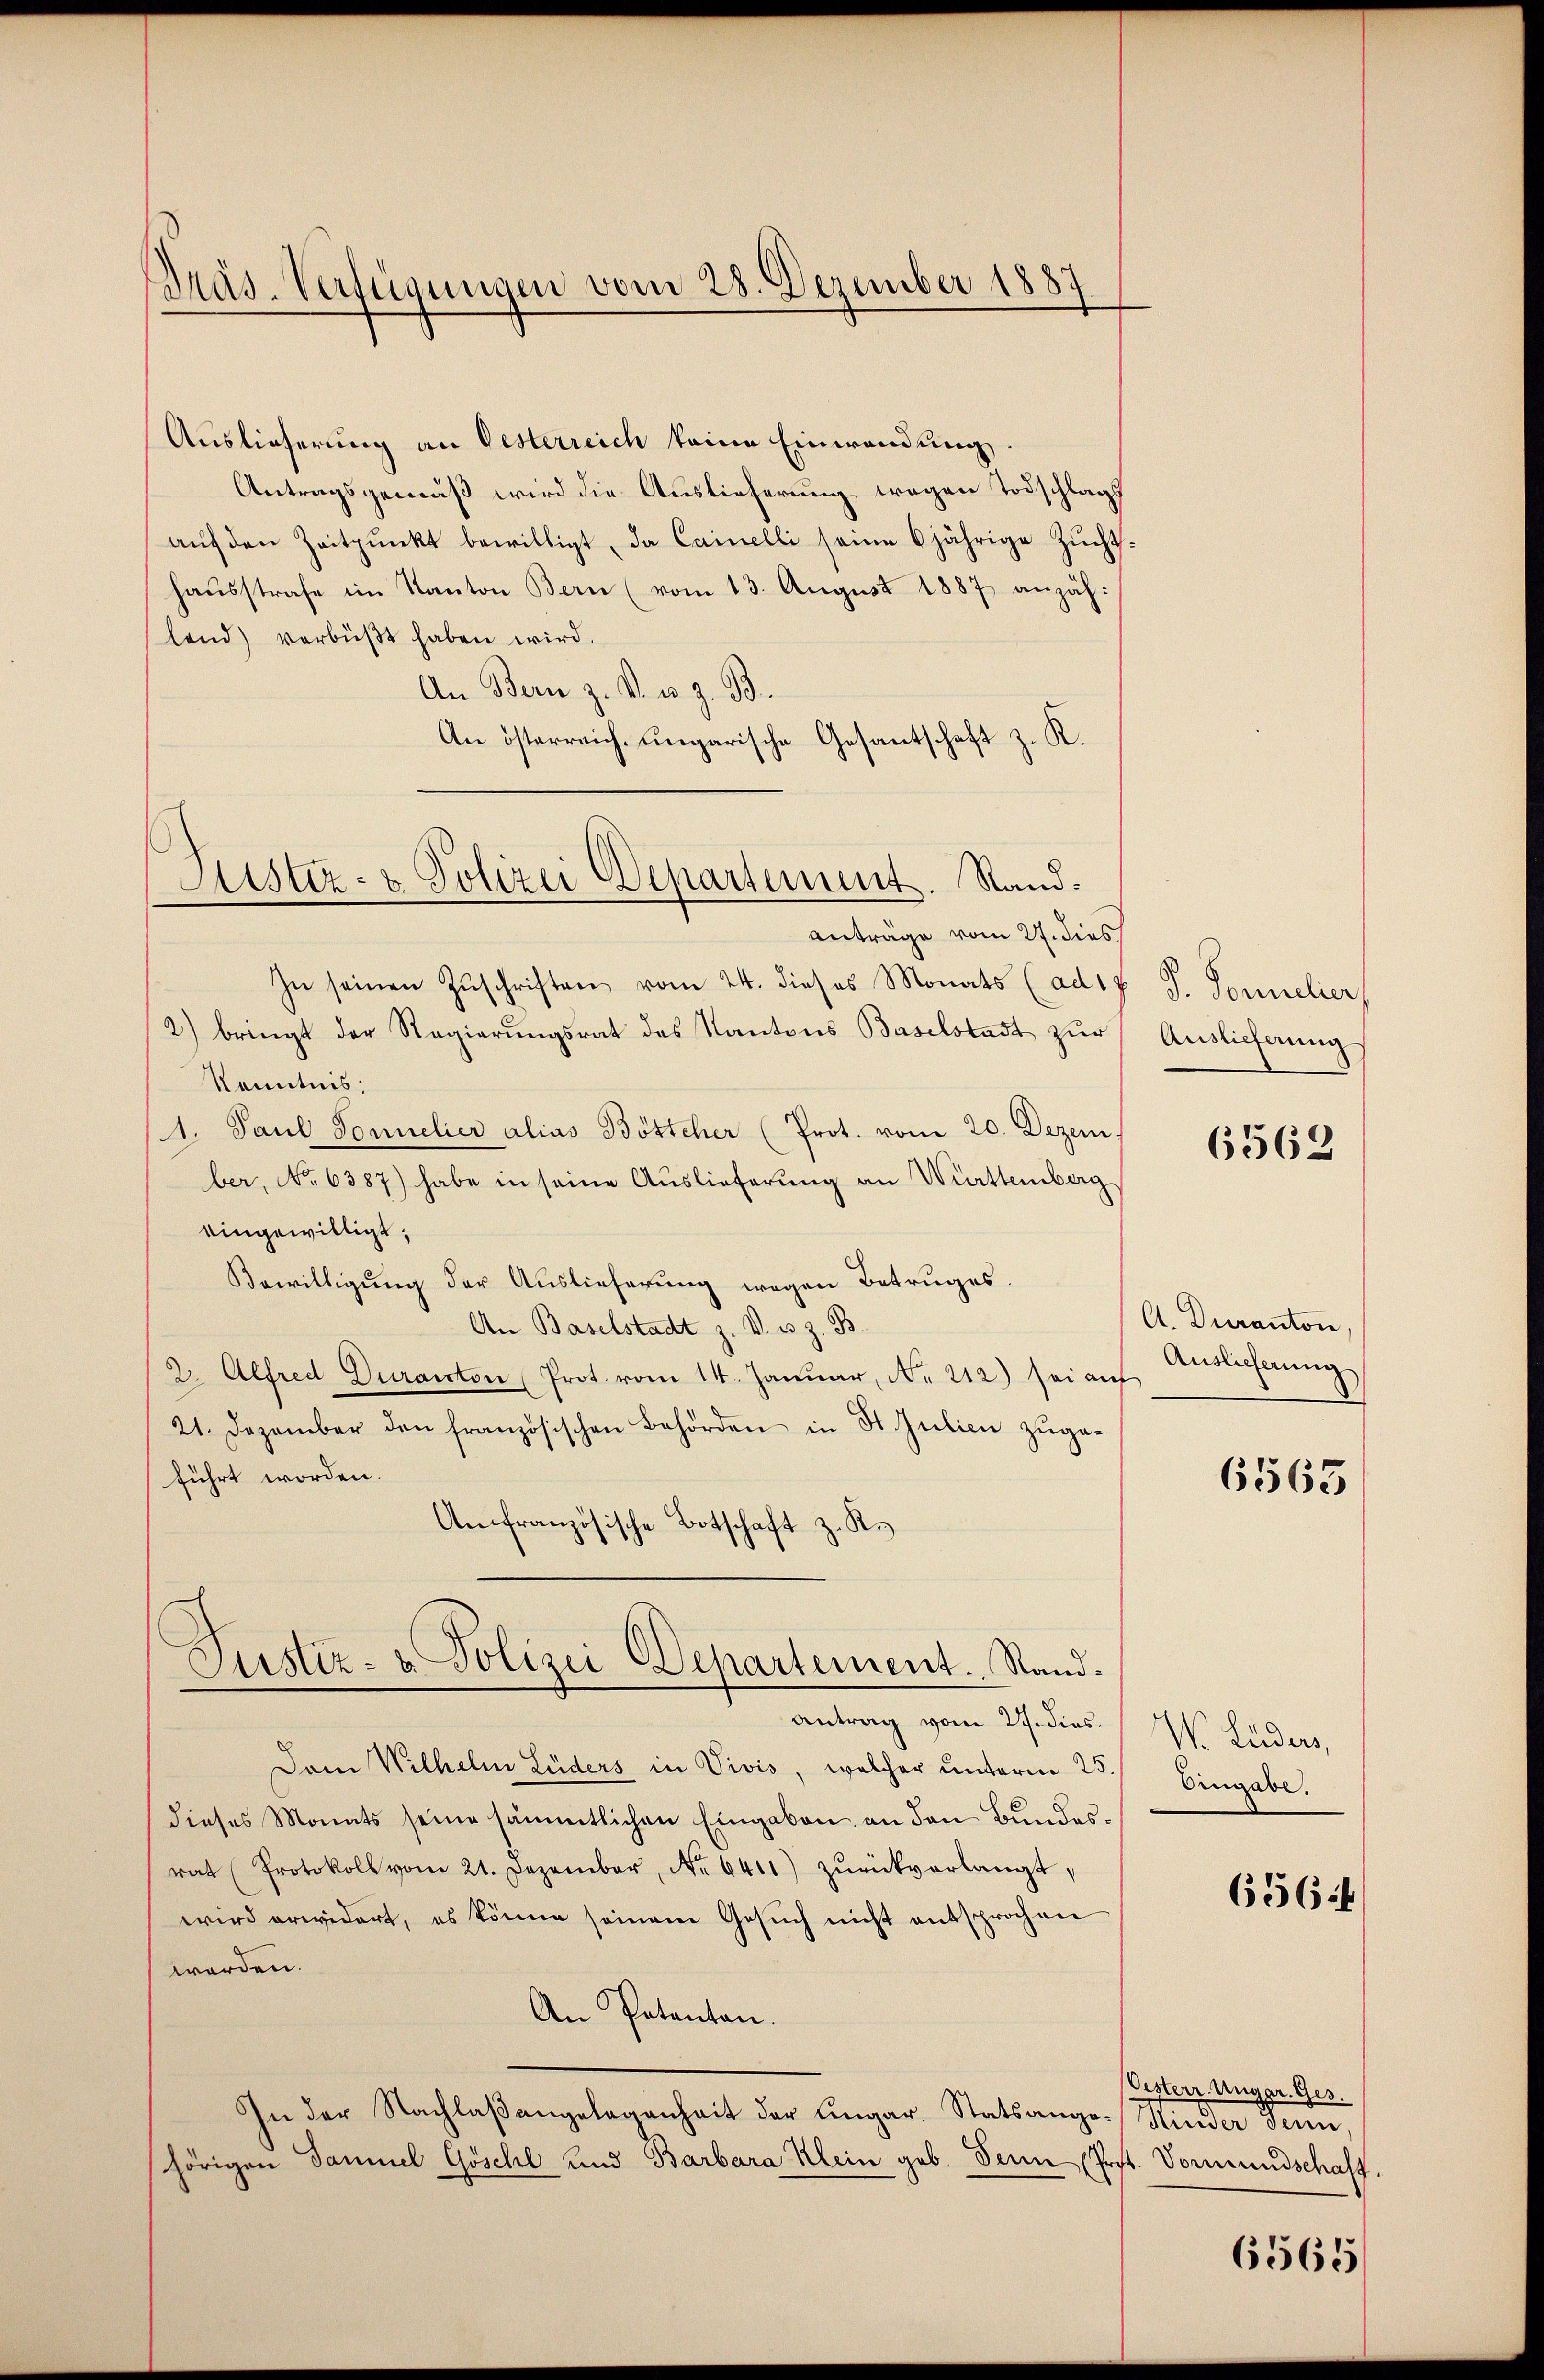
Präs. Verfügungen vom 28. Dezember 1887

Justiz- & Polizei Departement. Rand¬

Auslieferung an Oesterreich keine Einwendung.
Antragsgemäß wird die Auslieferung wegen Todschlags
aŭf den Zeitpunkt bewilligt, da Cainelli seine 6 jährige Zŭcht:
hausstrafe im Kanton Bern (vom 13. August 1887 anzähland) verbüßt haben wird.
An Bern z. B. u. z. B.
An österreich ungarische Gesantschaft z. K.
anträge vom 27. dies
In seinen Zŭschriften vom 24. dieses Monats (ad 17 S. Sonnelier
2) bringt der Regierungsrat des Kantons Baselstadt zur
Kenntnis:
1. Paul Sonnelier alias Bötteher (Prot. vom 20. Dezem
ber, No 6387) habe in seine Auslieferung an Württemberg
eingewilligt,
Bewilligung der Auslieferung wegen Betruges.
An Baselstadt z. V. u. z. B.
2. Alfred Duranton Prot. vom 14. Januar, No. 212) sei aŭf Endlicherŭng
21. Dezember den französischen Behörden in St. Julien zŭge-
führt worden.
An französische Botschaft z. R.
Justiz- u. Polizei Departement. Sand¬
Antrag vom 27. dies
Dem Wilhelm Lüders in Vivis, welcher unterm 25.
dieses Monats seine sämmtlichen Eingaben an den Bundesrat Protokoll vom 21. Dezember, Nr. 6411) zŭrückverlangt,
wird erwidert, es könne seinem Gesŭch nicht entsprochen
werden.
An Petenten.
In der Nachlaßangelegenheit der ungar. Statsange- Hinder denn,
hörigen Daniel Göschl und Barbara Klein geb. Sein (Prot. Vormundschaft.

Auslieferung

6562

A. Duranton.

6563

W. Luders,
Eingabe,

6564

Oesterr. Unger. Ges.

6565